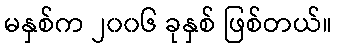
မနှစ်က ၂၀၀၆ ခုနှစ် ဖြစ်တယ်။